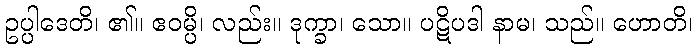
ဥပ္ပါဒေတိ၊ ၏။ ဧဝမ္ပိ၊ လည်း။ ဒုက္ခာ၊ သော။ ပဋိပဒါ နာမ၊ သည်။ ဟောတိ၊